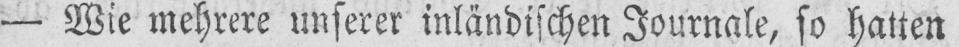
- Wie mehrere unserer inländischen Journale, so hatten